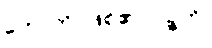
ဟောတိ၊ ဖြစ်၏။ ပဉ္စဟိ၊